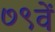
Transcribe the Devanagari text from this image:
७९वें